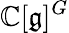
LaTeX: \mathbb{C}[{\mathfrak{g}}]^{G}